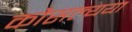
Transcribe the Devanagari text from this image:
कौसल्यया